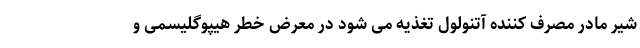
شیر مادر مصرف کننده آتنولول تغذیه می شود در معرض خطر هیپوگلیسمی و